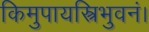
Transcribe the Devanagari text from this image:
किमुपायस्त्रिभुवनं।